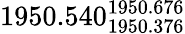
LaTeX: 1950.540_{1950.376}^{1950.676}